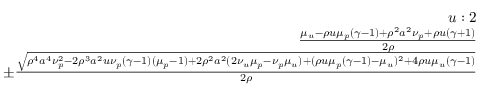
\begin{array} { r } { u : 2 } \\ { \frac { \mu _ { u } - \rho u \mu _ { p } ( \gamma - 1 ) + \rho ^ { 2 } a ^ { 2 } \nu _ { p } + \rho u ( \gamma + 1 ) } { 2 \rho } } \\ { \pm \frac { \sqrt { \rho ^ { 4 } a ^ { 4 } \nu _ { p } ^ { 2 } - 2 \rho ^ { 3 } a ^ { 2 } u \nu _ { p } ( \gamma - 1 ) ( \mu _ { p } - 1 ) + 2 \rho ^ { 2 } a ^ { 2 } ( 2 \nu _ { u } \mu _ { p } - \nu _ { p } \mu _ { u } ) + ( \rho u \mu _ { p } ( \gamma - 1 ) - \mu _ { u } ) ^ { 2 } + 4 \rho u \mu _ { u } ( \gamma - 1 ) } } { 2 \rho } } \end{array}